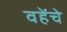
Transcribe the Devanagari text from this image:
वहेंचे